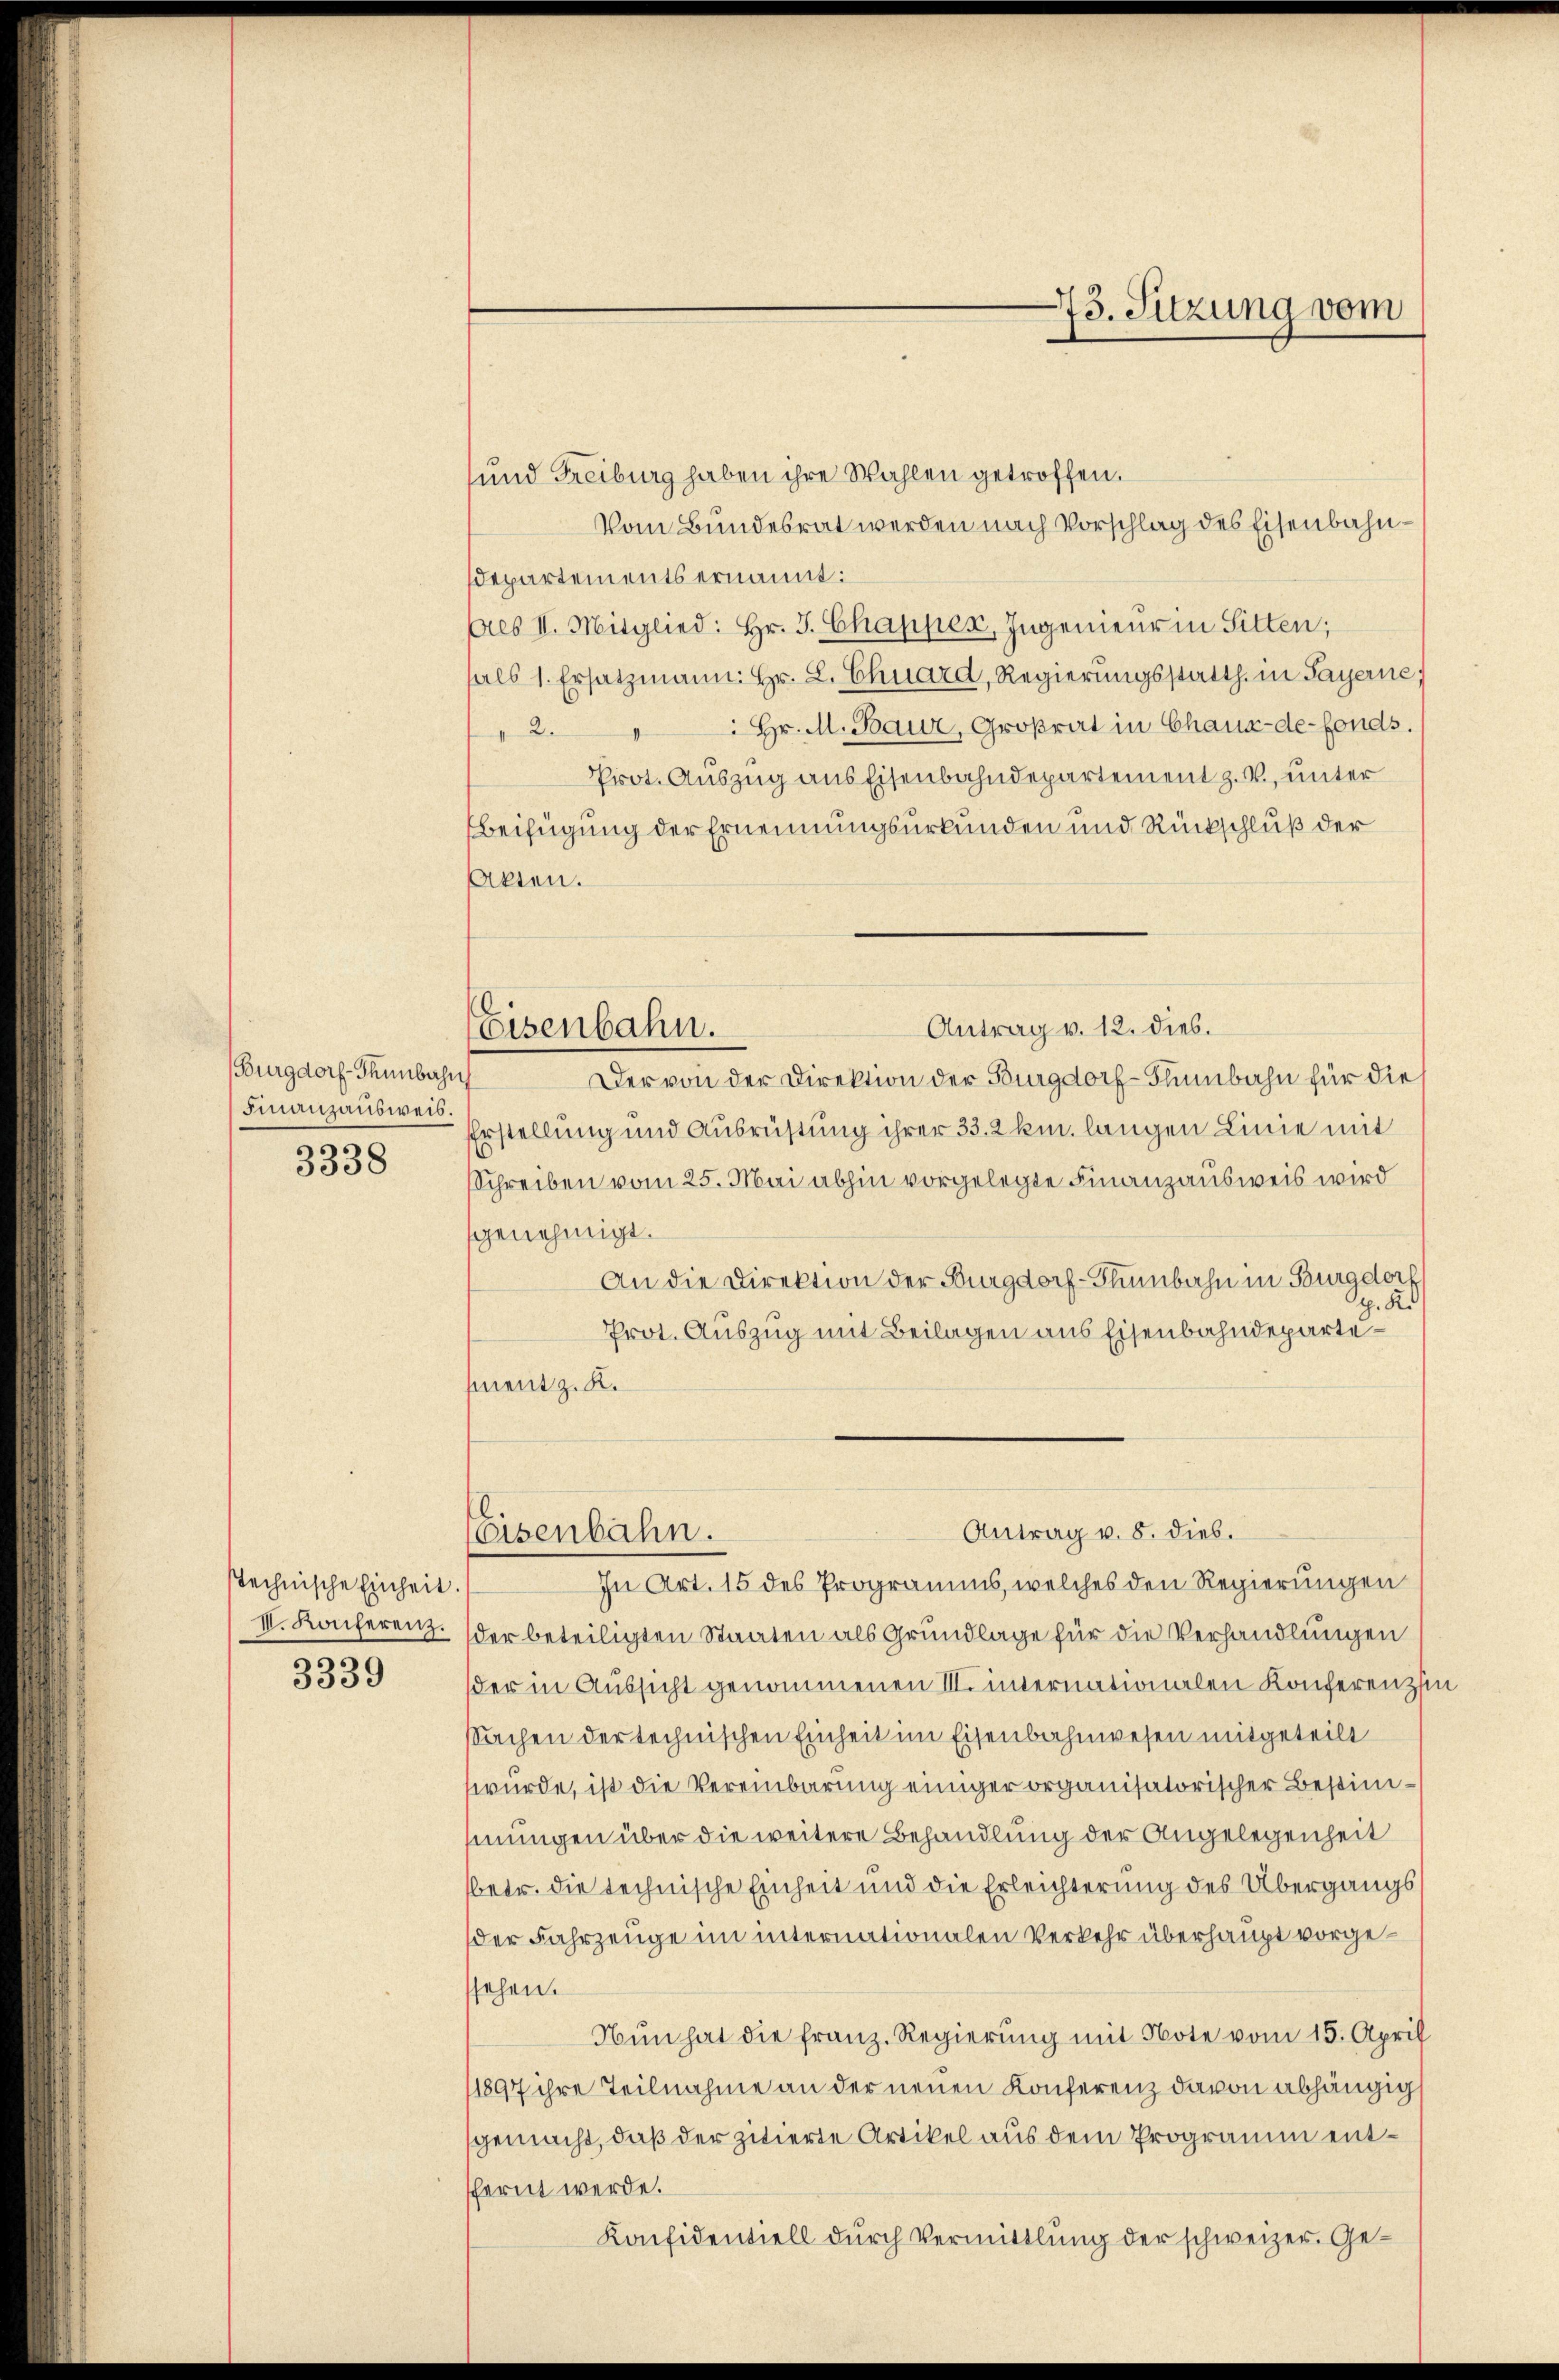
Burgdorf-Thünberuf
Finanzausweis.
3338

Technische Einheit.

3339

und Freiburg haben ihre Wahlen getroffen.
Vom Bundesrat werden nach Vorschlag des Eisenbahndepartements ernannt:
Als II. Mitglied: Hr. J. Chapper, Ingenieur in Sitten;
halb 1. Ersatzmann: Hr. L. Chuard, Regierungsstatth. in Payerne
2. Hr. M. Baur, Großrat in Chaux-de-Fonds.
Prot. Auszug aus Eisenbahndepartement z. B., unter
Ebeifügung der Ernennungsurkunden und Rückschluß der
Akten.
Antrag v. 12. dies.
Eisenbahn.
Der von der Direktion der Burgdorf - Klumbahn für die
Erstellung und Ausrüstung ihrer 33. 2 km. langen Linie mit
Schreiben vom 25. Mai abhin vorgelegte Finanzausweis wird
genehmigt.
An die Direktion der Burgdorf-Thunbahn in Burgdorf
g. R.
Prot. Auszug mit Beilagen aus Eisenbahndepartement z. K.

In Art. 15 des Programms, welches den Regierungen
III. Konferenz. der beteiligten Staaten als Grundlage für die Verhandlungen
der in Aussicht genommenen III. internationalen Konferenzin
Sachen der technischen Einheit im Eisenbahnwesen mitgeteilt
wurde, ist die Vereinbarung einiger organisatorischer Bestimhinungen über die weitere Behandlung der Angelegenheit
betr. die technische Einheit und die Erleichterung des Übergangs
der Fahrzeuge im internationalen Verkehr überhaupt vorgestehen.
Nun hat die franz. Regierung mit Note vom 15. April
1897 ihre Teilnahme an der neuen Konferenz davon abhängig
gemacht, daß der zitierte Artikel aus dem Programm entfernt werde.
Konfidentiell durch Vermittlung der schweizer. Ge¬

Eisenbahn.

73. Sitzung vom

Antrag v. 8. dies.